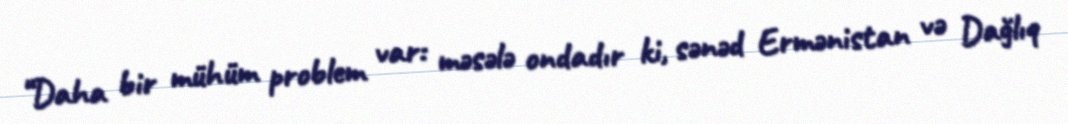
“Daha bir mühüm problem var: məsələ ondadır ki, sənəd Ermənistan və Dağlıq